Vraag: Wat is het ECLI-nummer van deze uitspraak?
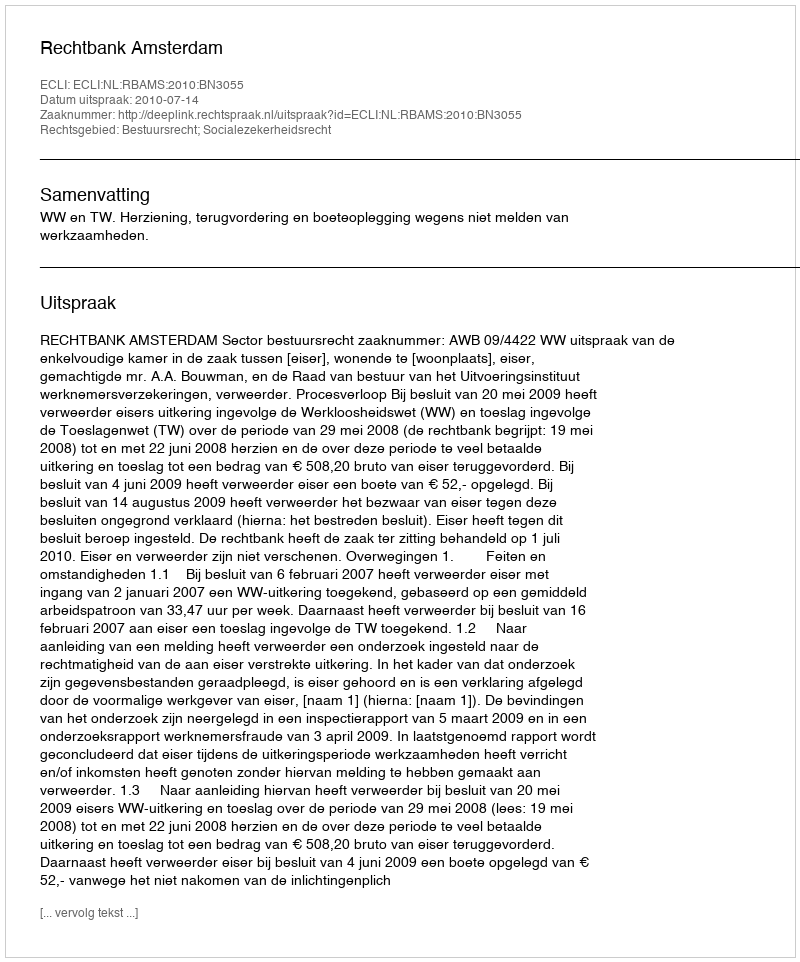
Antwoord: ECLI:NL:RBAMS:2010:BN3055